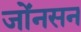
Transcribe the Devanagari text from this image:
जोंनसन